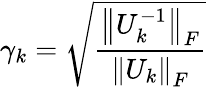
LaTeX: \gamma_{k}={\sqrt{\frac{\left\| U_{k}^{-1}\right\| _{F}}{\left\| U_{k}\right\| _{F}}}}